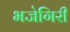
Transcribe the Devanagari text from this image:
भजेगिरी